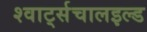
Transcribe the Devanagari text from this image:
श्वार्ट्सचालइल्ड